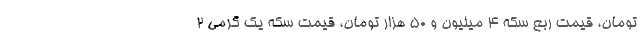
تومان، قیمت ربع سکه 4 میلیون و 50 هزار تومان، قیمت سکه یک گرمی 2